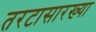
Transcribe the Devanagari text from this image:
तरटासारख्या